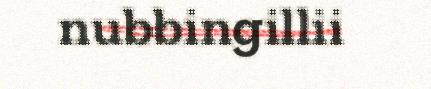
nubbingillii